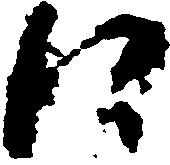
に